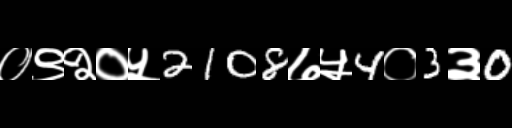
Text: ०९२०५2108७५4०3३0